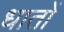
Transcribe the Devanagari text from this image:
धातों